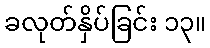
ခလုတ်နှိပ်ခြင်း ၁၃။